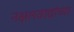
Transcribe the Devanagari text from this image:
नक्षलवाद्यांच्या